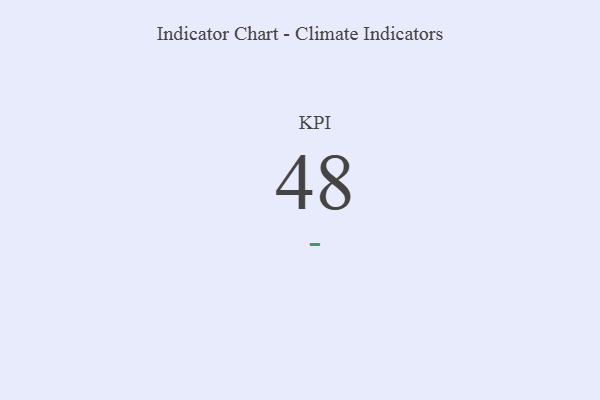
{"axis": {"x": "KPI", "y": "Value"}, "legend": [""], "data": [{"x": "KPI", "y": 48, "type": ""}]}